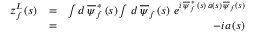
\begin{array} { r l r } { z _ { f } ^ { L } \left( s \right) } & { = } & { \int d \, \overline { { \psi } } _ { f } ^ { \, \ast } \left( s \right) \int \, d \, \overline { { \psi } } _ { f } \left( s \right) \, e ^ { i \, \overline { { \psi } } _ { f } ^ { \, \ast } \, \left( s \right) \, a \left( s \right) \, \overline { { \psi } } _ { f } \left( s \right) } } \\ & { = } & { - i a \left( s \right) } \end{array}